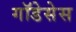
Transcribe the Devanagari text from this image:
गॉडेसेस